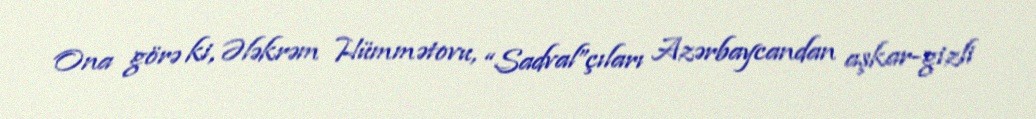
Ona görə ki, Ələkrəm Hümmətovu, “Sadval”çıları Azərbaycandan aşkar-gizli